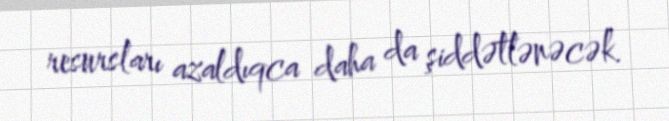
resursları azaldıqca daha da şiddətlənəcək.